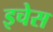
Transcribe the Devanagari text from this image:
इचेस